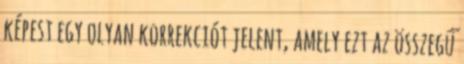
képest egy olyan korrekciót jelent, amely ezt az összegű